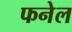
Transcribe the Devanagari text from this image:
फनेल